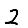
Digit: 2